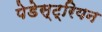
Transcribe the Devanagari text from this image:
पेडेस्ट्रियन